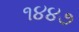
૧૪૪૭